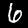
Digit: 6